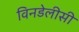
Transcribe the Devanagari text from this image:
विनडेलीसी